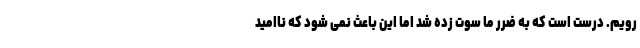
رویم. درست است که به ضرر ما سوت زده شد اما این باعث نمی شود که ناامید